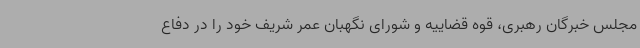
مجلس خبرگان رهبری، قوه قضاییه و شورای نگهبان عمر شریف خود را در دفاع